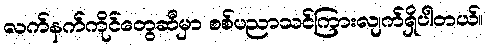
လက်နက်ကိုင်တွေဆီမှာ စစ်ပညာသင်ကြားလျက်ရှိပါတယ်။